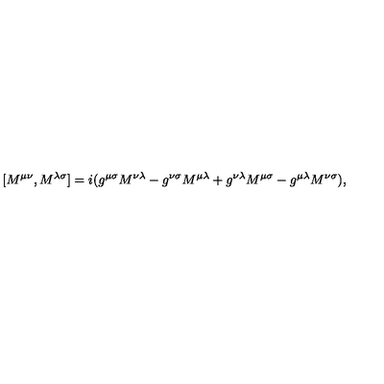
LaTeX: \lbrack M ^ { \mu \nu } , M ^ { \lambda \sigma } \rbrack = i ( g ^ { \mu \sigma } M ^ { \nu \lambda } - g ^ { \nu \sigma } M ^ { \mu \lambda } + g ^ { \nu \lambda } M ^ { \mu \sigma } - g ^ { \mu \lambda } M ^ { \nu \sigma } ) ,